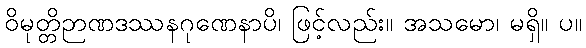
ဝိမုတ္တိဉာဏဒဿနဂုဏေနာပိ၊ ဖြင့်လည်း။ အသမော၊ မရှိ။ ပ။